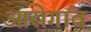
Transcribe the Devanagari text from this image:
आसेगांव